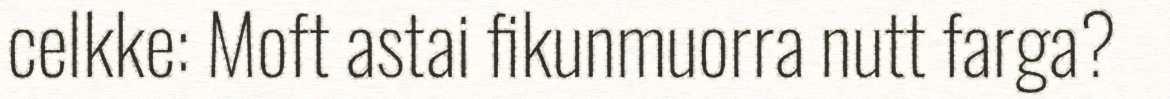
celkke: Moft astai fikunmuorra nutt farga?